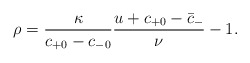
\begin{align*} \rho=\frac{\kappa}{c_{+0}-c_{-0}}\frac{u+c_{+0}-\bar{c}_-}{\nu}-1.\end{align*}